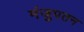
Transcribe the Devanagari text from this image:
मंजुपतन